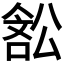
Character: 𭉽